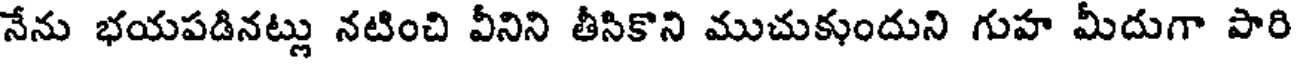
నేను భయపడినట్లు నటించి వీనిని తీసికొని ముచుకుందుని గుహ మీదుగా పారి